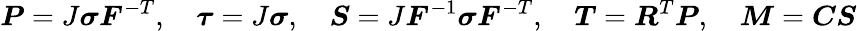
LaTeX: {\boldsymbol{P}}=J{\boldsymbol{\sigma}}{\boldsymbol{F}}^{-T},\quad{\boldsymbol{\tau}}=J{\boldsymbol{\sigma}},\quad{\boldsymbol{S}}=J{\boldsymbol{F}}^{-1}{\boldsymbol{\sigma}}{\boldsymbol{F}}^{-T},\quad{\boldsymbol{T}}={\boldsymbol{R}}^{T}{\boldsymbol{P}},\quad{\boldsymbol{M}}={\boldsymbol{C}}{\boldsymbol{S}}